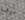
سوف